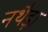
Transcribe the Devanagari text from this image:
नथैड़ा